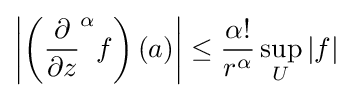
\left|\left({\frac {\partial }{\partial z}}^{\alpha }f\right)(a)\right|\leq {\frac {\alpha !}{r^{\alpha }}}\sup _{U}|f|